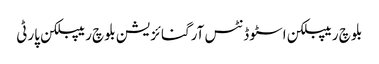
بلوچ ریپبلکن اسٹوڈنٹس آرگنائزیشن بلوچ ریپبلکن پارٹی